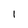
Character: I